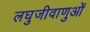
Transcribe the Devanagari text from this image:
लघुजीवाणुओं